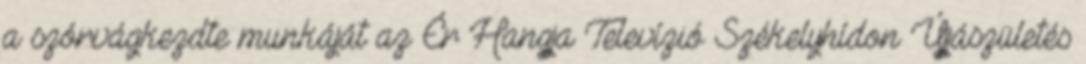
a szórvágkezdte munkáját az Ér Hangja Televízió Székelyhídon Újjászületés